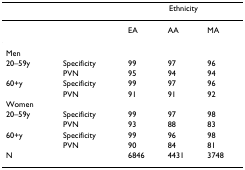
<table><thead><tr><td></td><td></td><td colspan="3"><b>Ethnicity</b></td></tr></thead><tbody><tr><td></td><td></td><td>EA</td><td>AA</td><td>MA</td></tr><tr><td>Men</td><td></td><td></td><td></td><td></td></tr><tr><td>20–59y</td><td>Specificity</td><td>99</td><td>97</td><td>96</td></tr><tr><td></td><td>PVN</td><td>95</td><td>94</td><td>94</td></tr><tr><td>60+y</td><td>Specificity</td><td>99</td><td>97</td><td>96</td></tr><tr><td></td><td>PVN</td><td>91</td><td>91</td><td>92</td></tr><tr><td>Women</td><td></td><td></td><td></td><td></td></tr><tr><td>20–59y</td><td>Specificity</td><td>99</td><td>97</td><td>98</td></tr><tr><td></td><td>PVN</td><td>93</td><td>88</td><td>83</td></tr><tr><td>60+y</td><td>Specificity</td><td>99</td><td>96</td><td>98</td></tr><tr><td></td><td>PVN</td><td>90</td><td>84</td><td>81</td></tr><tr><td>N</td><td></td><td>6846</td><td>4431</td><td>3748</td></tr></tbody></table>